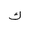
Letter: _kaf